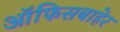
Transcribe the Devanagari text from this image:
ऑफिसबाहेर